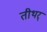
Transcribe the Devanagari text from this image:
तीथर्